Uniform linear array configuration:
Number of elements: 24
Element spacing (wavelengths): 0.5
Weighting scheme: binomial
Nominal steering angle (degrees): -45
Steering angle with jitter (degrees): -45.525
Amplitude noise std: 0.05
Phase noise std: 0.05

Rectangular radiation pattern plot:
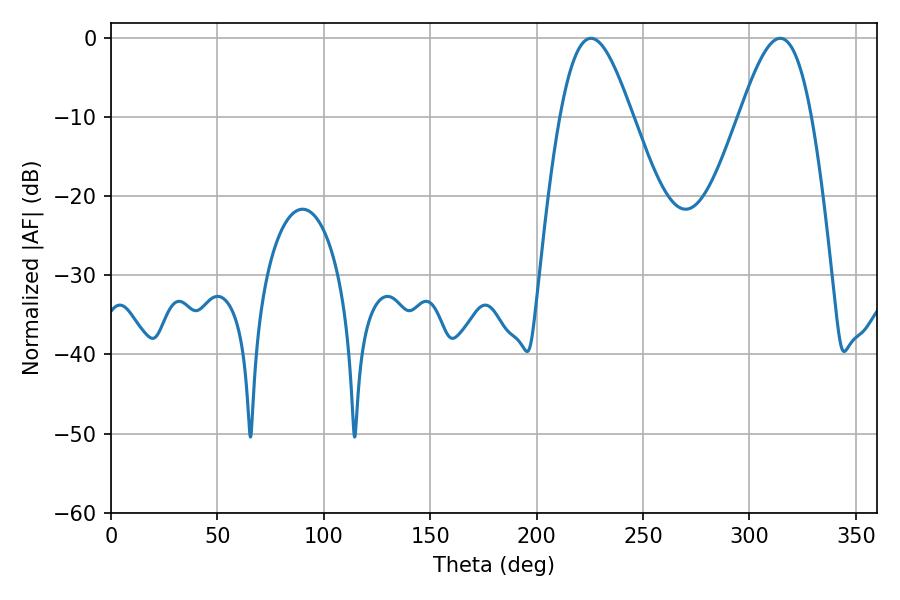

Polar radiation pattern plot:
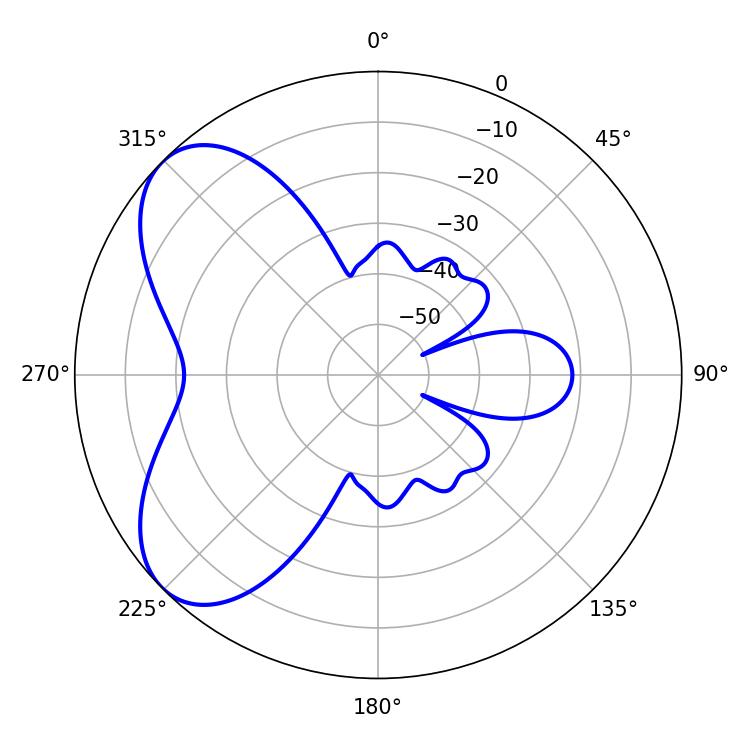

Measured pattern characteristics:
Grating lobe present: FALSE
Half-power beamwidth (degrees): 18.18
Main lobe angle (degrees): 225.54